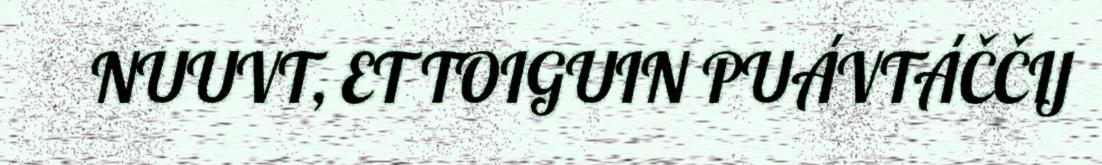
NUUVT, ET TOIGUIN PUÁVTÁČČIJ